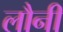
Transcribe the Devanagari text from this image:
लौनी